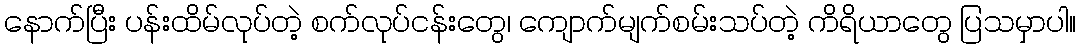
နောက်ပြီး ပန်းထိမ်လုပ်တဲ့ စက်လုပ်ငန်းတွေ၊ ကျောက်မျက်စမ်းသပ်တဲ့ ကိရိယာတွေ ပြသမှာပါ။